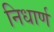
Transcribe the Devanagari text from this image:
निधार्ण